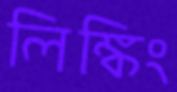
লিঙ্কিং